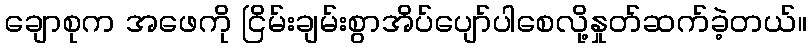
ချောစုက အဖေကို ငြိမ်းချမ်းစွာအိပ်ပျော်ပါစေလို့နှုတ်ဆက်ခဲ့တယ်။